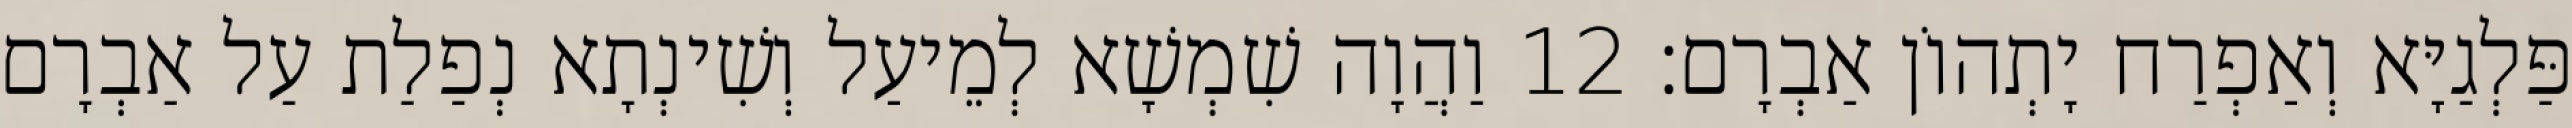
פַּלְגַיָּא וְאַפְרַח יָתְהוֹן אַבְרָם׃ 12 וַהֲוָה שִׁמְשָׁא לְמֵיעַל וְשִׁינְתָא נְפַלַת עַל אַבְרָם